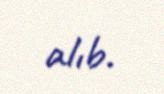
alıb.